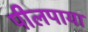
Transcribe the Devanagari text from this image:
पीलपाया